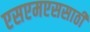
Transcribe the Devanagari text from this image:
एसएमएससाठी